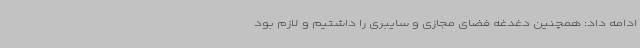
ادامه داد: همچنین دغدغه فضای مجازی و سایبری را داشتیم و لازم بود